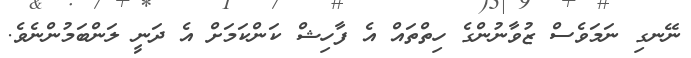
ނޭނގި ނަމަވެސް ޒުވާނުންގެ ހިތްތައް އެ ފާހިޝް ކަންކަމަށް އެ ދަނީ ލަންބަމުންނެވެ.